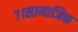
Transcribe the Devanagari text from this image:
७।सामाजिक